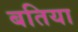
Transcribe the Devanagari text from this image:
बतिया